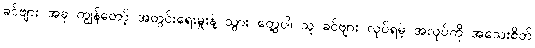
ခင်ဗျား အခု ကျွန်တော့် အတွင်းရေးမှူးနဲ့ သွား တွေ့ပါ၊ သူ ခင်ဗျား လုပ်ရမဲ့ အလုပ်ကို အသေးစိတ်